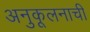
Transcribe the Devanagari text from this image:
अनुकूलनाची